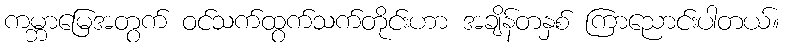
ကမ္ဘာမြေအတွက် ဝင်သက်ထွက်သက်တိုင်းဟာ အချိန်တနှစ် ကြာညောင်းပါတယ်။